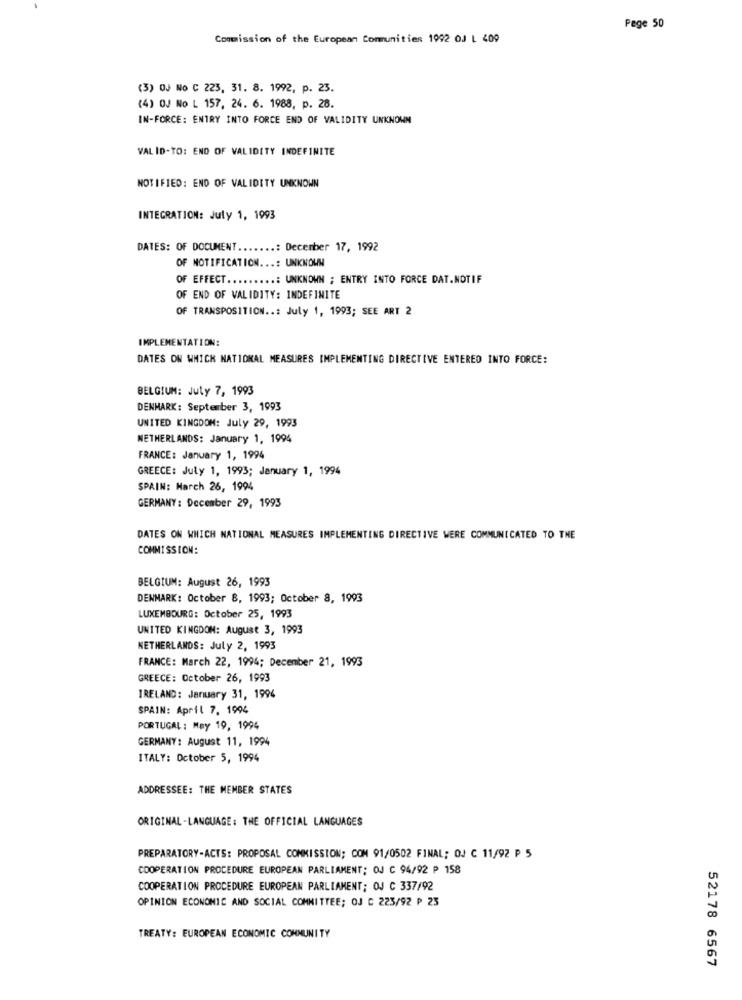
Pege 50
Commission of the European Communities 1992 OJ L 409
(3) OJ No C 223, 31. 8. 1992, p. 23.
(4) OJ No L 157, 24. 6. 1988, p. 28.
IN-FORCE: ENTRY INTO FORCE END OF VALIDITY UNKNOWN
VALID-TO: END OF VALIDITY INDEFINITE
NOTIFIED: END OF VALIDITY UNKNOWN
INTEGRATION: July 1, 1993
DATES: OF DOCUMENT .......: December 17, 1992
OF NOTIFICATION ...: UNKNOWN
OF EFFECT ...
...: UNKNOWN ; ENTRY INTO FORCE DAT.NOTIF
OF END OF VALIDITY: INDEFINITE
OF TRANSPOSITION ..: July 1, 1993; SEE ART 2
IMPLEMENTATION:
DATES ON WHICH NATIONAL MEASURES IMPLEMENTING DIRECTIVE ENTERED INTO FORCE:
BELGIUM: Juty 7, 1993
DENMARK: September 3, 1993
UNITED KINGDOM: July 29, 1993
NETHERLANDS: January 1, 1994
FRANCE: January 1, 1994
GREECE: July 1, 1993; January 1, 1994
SPAIN: March 26, 1994
GERMANY: December 29, 1993
DATES ON WHICH NATIONAL MEASURES IMPLEMENTING DIRECTIVE WERE COMMUNICATED TO THE
COMMISSION:
BELGIUM: August 26, 1993
DENMARK: October B, 1993; October 8, 1993
LUXEMBOURG: October 25, 1993
UNITED KINGDOM: August 3, 1993
NETHERLANDS: July 2, 1993
FRANCE: March 22, 1994; December 21, 1993
GREECE: October 26, 1993
IRELAND: January 31, 1994
SPAIN: April 7. 1994
PORTUGAL: May 19, 1994
GERMANY: August 11, 1994
ITALY: October 5, 1994
ADDRESSEE: THE MEMBER STATES
ORIGINAL -LANGUAGE: THE OFFICIAL LANGUAGES
PREPARATORY-ACTS: PROPOSAL COMMISSION; COM 91/0502 FINAL; OJ C 11/92 P 5
COOPERATION PROCEDURE EUROPEAN PARLIAMENT: OJ C 94/92 P 158
COOPERATION PROCEDURE EUROPEAN PARLIAMENT; OJ C 337/92
OPINION ECONOMIC AND SOCIAL COMMITTEE; OJ C 223/92 ₱ 23
TREATY: EUROPEAN ECONOMIC COMMUNITY
52178 6567